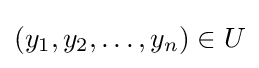
(y_{1},y_{2},\ldots ,y_{n})\in U